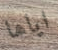
اياها